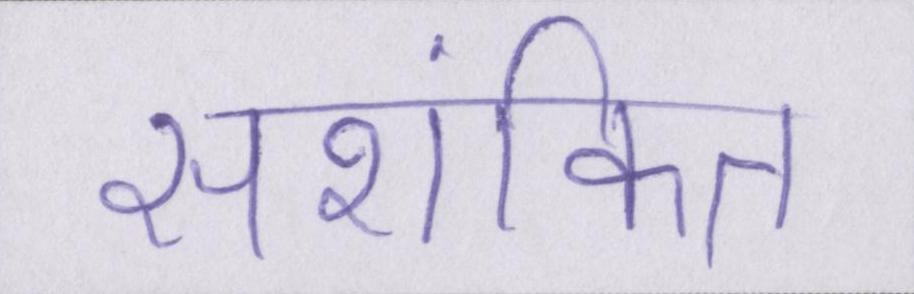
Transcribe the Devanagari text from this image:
सशंकित